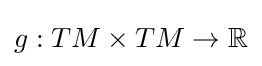
g:TM\times TM\to \mathbb {R}